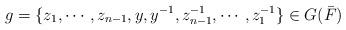
LaTeX: \begin{align*}g = \{z_{1}, \cdots, z_{n-1}, y, y^{-1}, z_{n-1}^{-1}, \cdots, z_{1}^{-1} \} \in G(\bar{F})\end{align*}